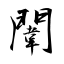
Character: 闈